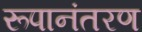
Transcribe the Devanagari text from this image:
रूपानंतरण